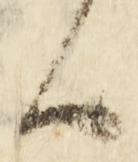
候